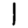
Digit: 1